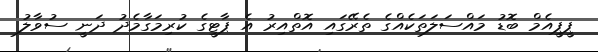
ޕީޕީއެމް ބޮޑު މައްސަލަތަކެއްގެ ތެރޭގައި އޮތްއިރު އެ ޕާޓީގެ ކުރިމަގާމެދު ދަނީ ސުވާލު